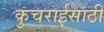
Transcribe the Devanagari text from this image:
कुचराईसाठी